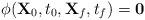
LaTeX: \begin{align*}\phi(\mathbf{X}_0,t_0,\mathbf{X}_f,t_f) = \mathbf{0} \end{align*}